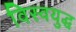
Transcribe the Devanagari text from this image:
विस्वयुद्ध